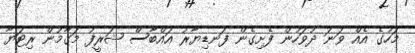
މަހުގެ އެއް ވަނަ ދުވަހުން ފެށިގެން ފަނޑިޔާރު އައްބާސް ޝަރީފު މަގާމުން ރިޓަޔާ